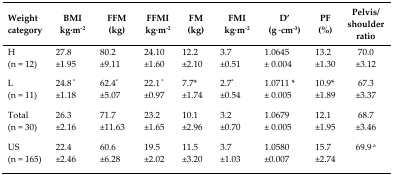
<table><thead><tr><td><b>Weight category</b></td><td><b>BMI kg·m<sup>−2</sup></b></td><td><b>FFM (kg)</b></td><td><b>FFMI kg·m<sup>−2</sup></b></td><td><b>FM (kg)</b></td><td><b>FMI kg·m<sup>−2</sup></b></td><td><b>D’ (g ·cm<sup>−3</sup>)</b></td><td><b>PF (%)</b></td><td><b>Pelvis/shoulder ratio</b></td></tr></thead><tbody><tr><td>H (n = 12)</td><td>27.8±1.95</td><td>80.2±9.11</td><td>24.10±1.60</td><td>12.2±2.10</td><td>3.7±0.51</td><td>1.0645±0.004</td><td>13.2±1.30</td><td>70.0±3.12</td></tr><tr><td>L (n = 11)</td><td>24.8<sup>*</sup>±1.18</td><td>62.4<sup>*</sup>±5.07</td><td>22.1<sup>*</sup>±0.97</td><td>7.7<sup>*</sup>±1.74</td><td>2.7<sup>*</sup>±0.54</td><td>1.0711<sup>*</sup>±0.005</td><td>10.9<sup>*</sup>±1.89</td><td>67.3±3.37</td></tr><tr><td>Total (n = 30)</td><td>26.3±2.16</td><td>71.7±11.63</td><td>23.2±1.65</td><td>10.1±2.96</td><td>3.2±0.70</td><td>1.0679±0.005</td><td>12.1±1.95</td><td>68.7±3.46</td></tr><tr><td>US (n = 165)</td><td>22.4±2.46</td><td>60.6±6.28</td><td>19.5±2.02</td><td>11.5±3.20</td><td>3.7±1.03</td><td>1.0580±0.007</td><td>15.7±2.74</td><td>69.9<sup>a</sup></td></tr></tbody></table>